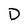
Character: D